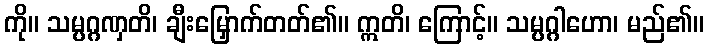
ကို။ သမ္ပဂ္ဂဏှတိ၊ ချီးမြှောက်တတ်၏။ ဣတိ၊ ကြောင့်။ သမ္ပဂ္ဂါဟော၊ မည်၏။